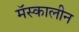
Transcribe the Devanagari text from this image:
मॅस्कालीन